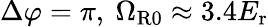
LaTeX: \Delta\varphi=\pi,~\Omega_{\mathrm{{R0}}}\approx 3.4E_{\mathrm{{r}}}